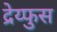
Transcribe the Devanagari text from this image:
द्रेय्फुस